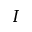
I